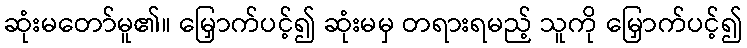
ဆုံးမတော်မူ၏။ မြှောက်ပင့်၍ ဆုံးမမှ တရားရမည့် သူကို မြှောက်ပင့်၍